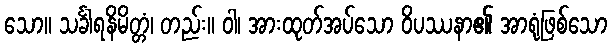
သော။ သင်္ခါရနိမိတ္တံ၊ တည်း။ ဝါ၊ အားထုတ်အပ်သော ဝိပဿနာ၏ အာရုံဖြစ်သော